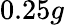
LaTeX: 0.25g